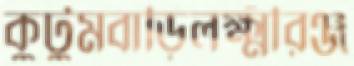
কুটুমবাড়িলক্ষ্মীরঞ্জ